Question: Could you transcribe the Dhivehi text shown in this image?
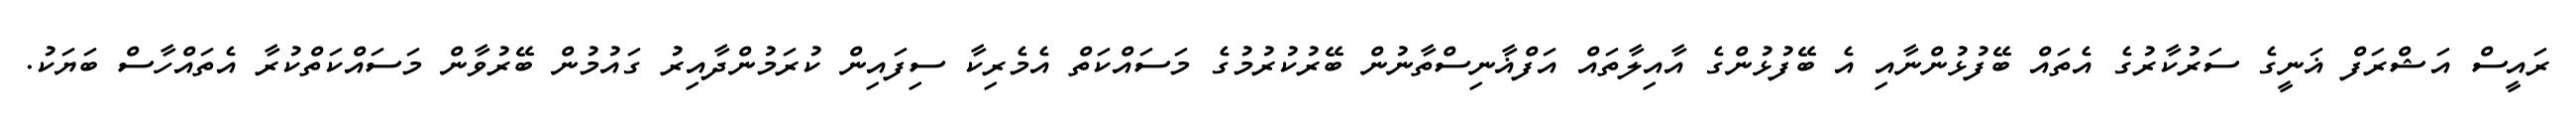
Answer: ރައީސް އަޝްރަފް ޣަނީގެ ސަރުކާރުގެ އެތައް ބޭފުޅުންނާއި އެ ބޭފުޅުންގެ އާއިލާތައް އަފްޣާނިސްތާނުން ބޭރުކުރުމުގެ މަސައްކަތް އެމެރިކާ ސިފައިން ކުރަމުންދާއިރު ގައުމުން ބޭރުވާން މަސައްކަތްކުރާ އެތައްހާސް ބަޔަކު.